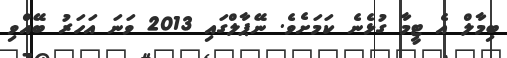
ބިމާލް އެ ޓީމާ ގުޅެނެ ކަމަށެވެ. ނޭޕާލްގައި 2013 ވަނަ އަހަރު ބޭއްވި